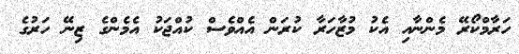
ހަރާމްކޯރޭ މެންނާއި އެކު މުޒާހަރާ ކުރަން އެއްވެސް ކުއްޖަކުު އެމެންގެ ޒިނޭ ހަރުގެ